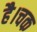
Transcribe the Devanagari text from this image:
है।चक